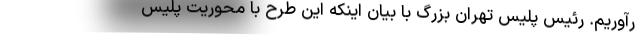
رآوریم. رئیس پلیس تهران بزرگ با بیان اینکه این طرح با محوریت پلیس